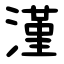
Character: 漌